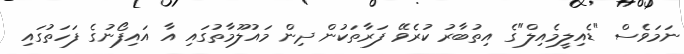
ނަމަވެސް "ޑެއިލީމެއިލް"ގެ އިތުބާރު ކުރެވޭ ފަރާތަކުން ދިން މައުލޫމާތުގައި އާ އައިފޯނުގެ ފަހަތުގައި